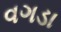
વગડા